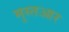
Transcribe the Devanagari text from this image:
मुस्तआर